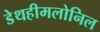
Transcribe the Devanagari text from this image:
डेथहीमलोनिल